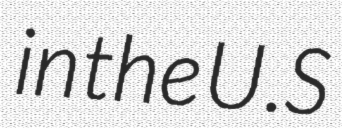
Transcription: in the U.S